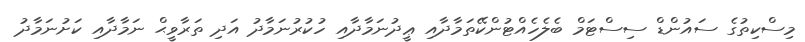
މިސްކިތުގެ ސައުންޑް ސިސްޓަމް ބެލެހެއްޓުންކޭތަމާދާއި ޢީދުނަމާދާއި ހުކުރުނަމާދު އަދި ތަރާވީޙް ނަމާދާއި ކަށުނަމާދު